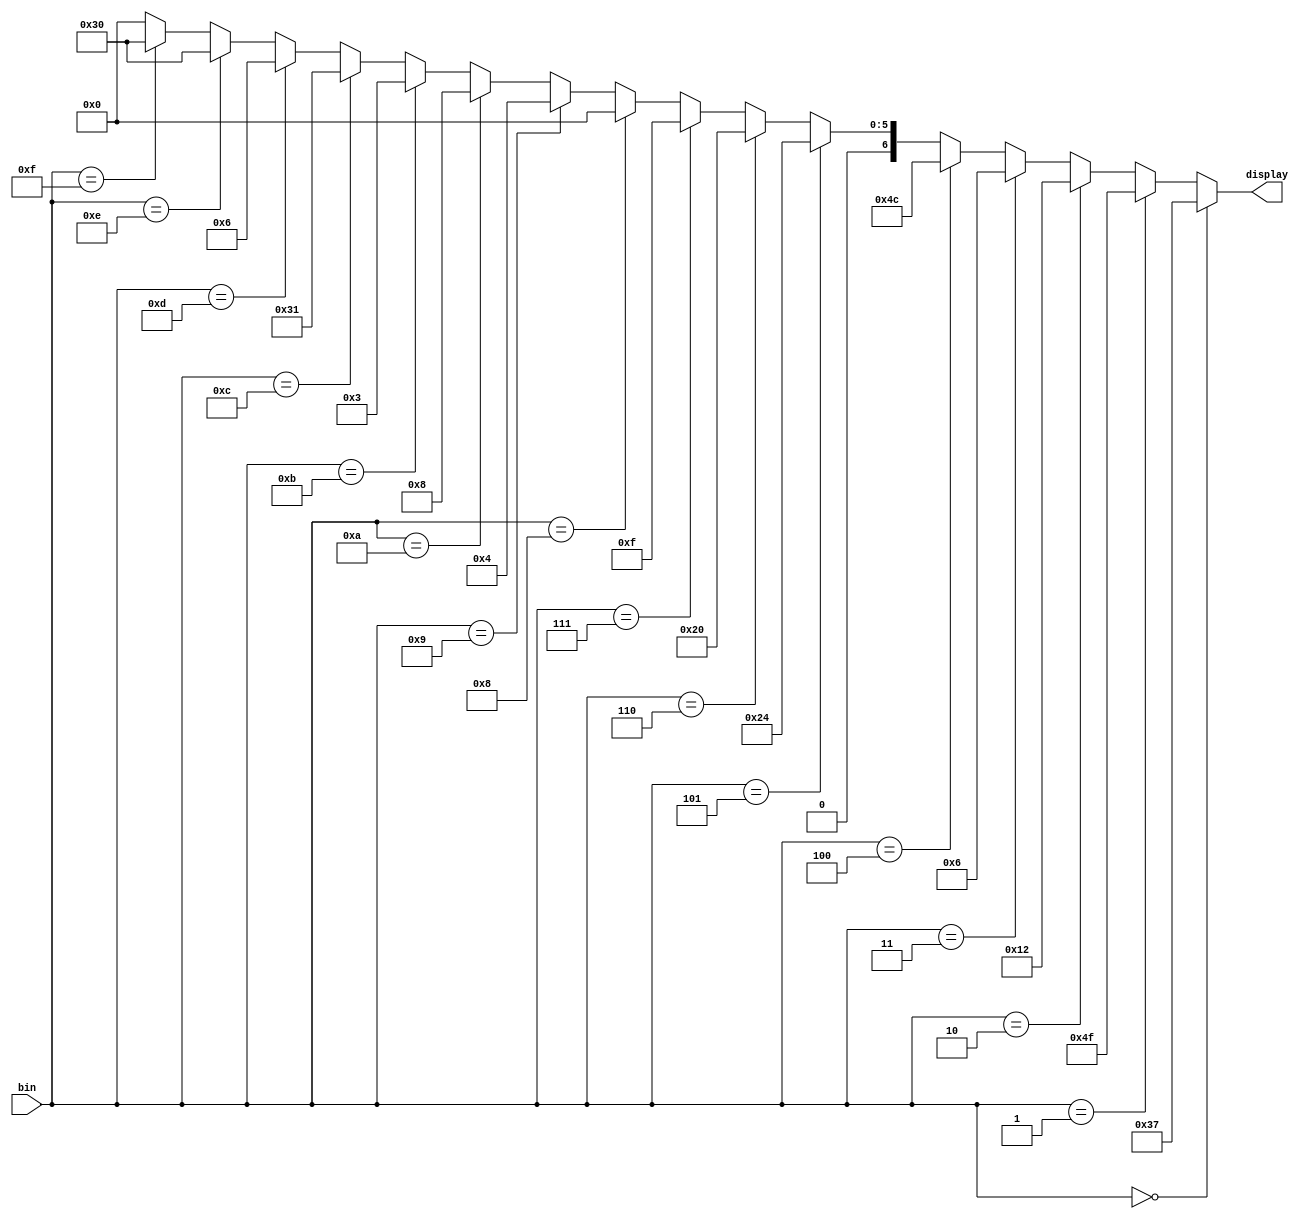
module Decodificador1(
    input [3:0] bin,
    output[6:0] display
    );
	 
assign display= (bin==4'b0000) ? 7'b0110111://0
				    (bin==4'b0001) ? 7'b1001111://1
				    (bin==4'b0010) ? 7'b0010010://2
				    (bin==4'b0011) ? 7'b0000110://3
				    (bin==4'b0100) ? 7'b1001100://4
				    (bin==4'b0101) ? 7'b0100100://5
				    (bin==4'b0110) ? 7'b0100000://6
				    (bin==4'b0111) ? 7'b0001111://7
				    (bin==4'b1000) ? 7'b0000000://8
				    (bin==4'b1001) ? 7'b0000100://9
				    (bin==4'b1010) ? 7'b0001000://A
				    (bin==4'b1011) ? 7'b0000011://B
				    (bin==4'b1100) ? 7'b0110001://C
				    (bin==4'b1101) ? 7'b0000110://D
				    (bin==4'b1110) ? 7'b0110000://E
				    (bin==4'b1111) ? 7'b0110000://f
				    7'b0000000;
				
			
				
					
endmodule